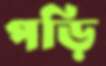
পড়ি